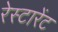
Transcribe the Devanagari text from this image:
रेस्टारेंट